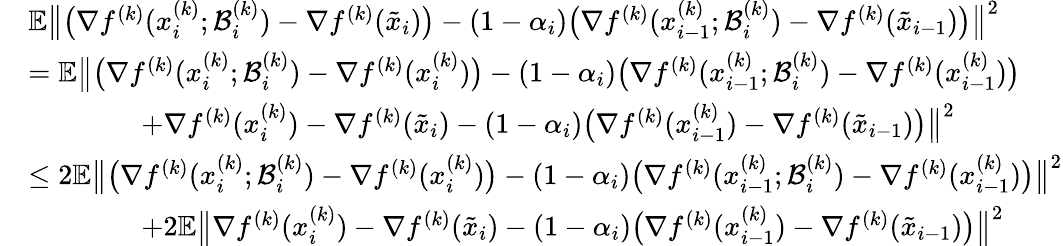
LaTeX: \begin{array}{rl}&{\mathbb{E}\big\| \big(\nabla f^{(k)}(x_{i}^{(k)};\mathcal{B}_{i}^{(k)})-\nabla f^{(k)}(\tilde{x}_{i})\big)-(1-\alpha_{i})\big(\nabla f^{(k)}(x_{i-1}^{(k)};\mathcal{B}_{i}^{(k)})-\nabla f^{(k)}(\tilde{x}_{i-1})\big)\big\| ^{2}}\\ &{=\mathbb{E}\big\| \big(\nabla f^{(k)}(x_{i}^{(k)};\mathcal{B}_{i}^{(k)})-\nabla f^{(k)}(x_{i}^{(k)})\big)-(1-\alpha_{i})\big(\nabla f^{(k)}(x_{i-1}^{(k)};\mathcal{B}_{i}^{(k)})-\nabla f^{(k)}(x_{i-1}^{(k)})\big)}\\ &{\qquad\qquad+\nabla f^{(k)}(x_{i}^{(k)})-\nabla f^{(k)}(\tilde{x}_{i})-(1-\alpha_{i})\big(\nabla f^{(k)}(x_{i-1}^{(k)})-\nabla f^{(k)}(\tilde{x}_{i-1})\big)\big\| ^{2}}\\ &{\leq 2\mathbb{E}\big\| \big(\nabla f^{(k)}(x_{i}^{(k)};\mathcal{B}_{i}^{(k)})-\nabla f^{(k)}(x_{i}^{(k)})\big)-(1-\alpha_{i})\big(\nabla f^{(k)}(x_{i-1}^{(k)};\mathcal{B}_{i}^{(k)})-\nabla f^{(k)}(x_{i-1}^{(k)})\big)\big\| ^{2}}\\ &{\qquad\qquad+2\mathbb{E}\big\| \nabla f^{(k)}(x_{i}^{(k)})-\nabla f^{(k)}(\tilde{x}_{i})-(1-\alpha_{i})\big(\nabla f^{(k)}(x_{i-1}^{(k)})-\nabla f^{(k)}(\tilde{x}_{i-1})\big)\big\| ^{2}}\end{array}